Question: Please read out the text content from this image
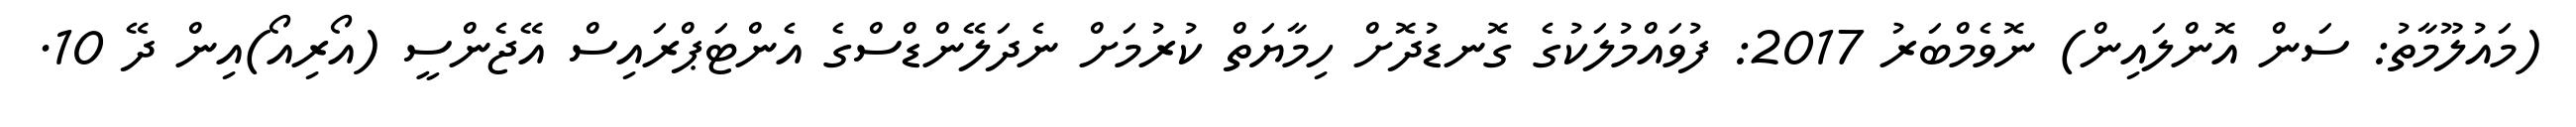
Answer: (މައުލޫމާތު: ސަން އޮންލައިން) ނޮވެމްބަރު 2017: ފުވައްމުލަކުގެ ގޮނޑުދޮށް ހިމާޔަތް ކުރުމަށް ނެދަލޭންޑްސްގެ އެންޓަޕްރައިސް އޭޖެންސީ (އޯރިއޯ)އިން ދޭ 10.